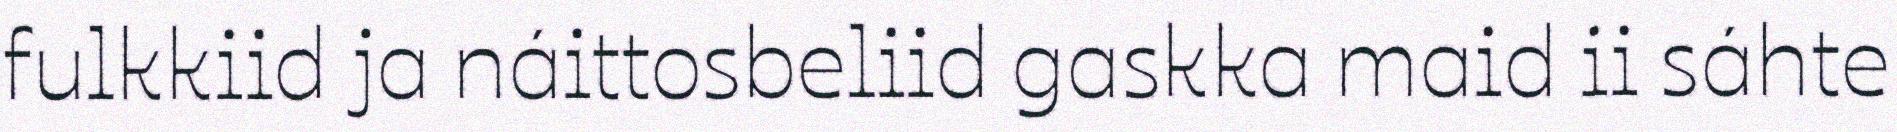
fulkkiid ja náittosbeliid gaskka maid ii sáhte